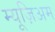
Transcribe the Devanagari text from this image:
म्यूज़िअम